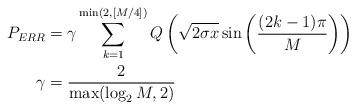
LaTeX: \begin{align*}P_{ERR}&=\gamma\sum_{k=1}^{\min(2,[M/4])}Q\left(\sqrt{2\sigma x}\sin\left(\frac{(2k-1)\pi}{M}\right)\right)\\\gamma&=\frac{2}{\max(\log_2 M,2)}\end{align*}